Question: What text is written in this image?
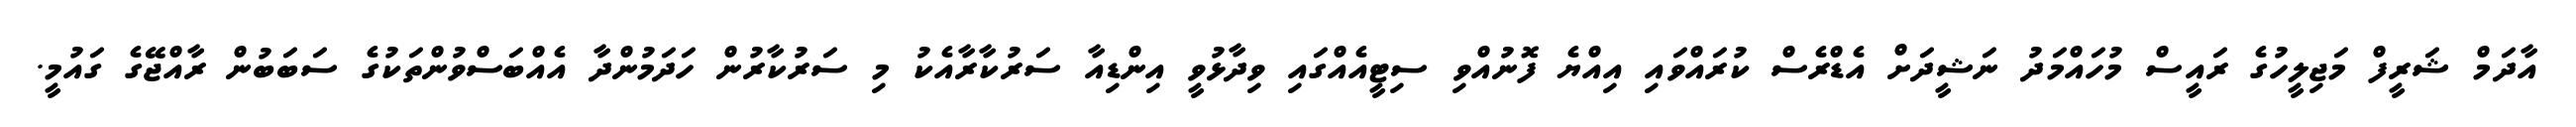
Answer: އާދަމް ޝަރީފް މަޖިލީހުގެ ރައީސް މުހައްމަދު ނަޝީދަށް އެޑްރެސް ކުރައްވައި އިއްޔެ ފޮނުއްވި ސިޓީއެއްގައި ވިދާޅުވީ އިންޑިއާ ސަރުކާރާއެކު މި ސަރުކާރުން ހަދަމުންދާ އެއްބަސްވުންތަކުގެ ސަބަބުން ރާއްޖޭގެ ގައުމީ.